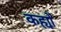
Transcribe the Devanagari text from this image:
कह्यों